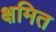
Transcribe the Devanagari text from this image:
क्षमित